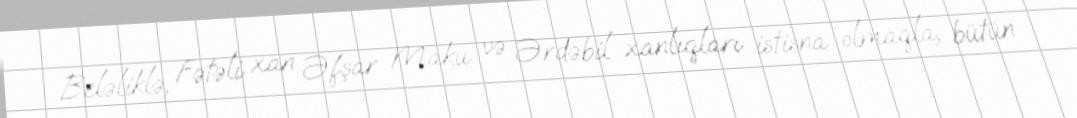
Beləliklə, Fətəli xan Əfşar Maku və Ərdəbil xanlıqları istisna olmaqla, bütün